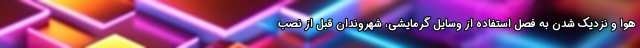
هوا و نزدیک شدن به فصل استفاده از وسایل گرمایشی، شهروندان قبل از نصب